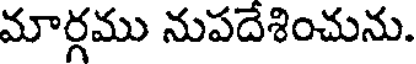
మార్గము నుపదేశించును.